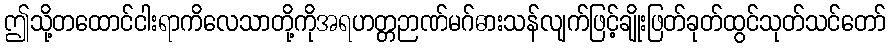
ဤသို့တထောင်ငါးရာကိလေသာတို့ကိုအရဟတ္တဉာဏ်မဂ်ဓားသန်လျက်ဖြင့်ချိုးဖြတ်ခုတ်ထွင်သုတ်သင်တော်